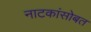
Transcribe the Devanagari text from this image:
नाटकांसोबत